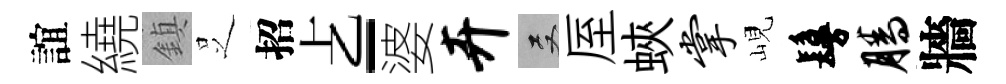
誼繞鎮𠯁招𠧒-婆卉双厔蛺掌峴鬘腾牆